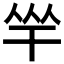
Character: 𢆑